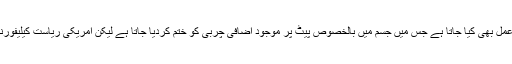
آج کل موٹاپے سے جان چھڑانے کے لیے ( لائیپوسیکشن) کا عمل بھی کیا جاتا ہے جس میں جسم میں بالخصوص پیٹ پر موجود اضافی چربی کو ختم کردیا جاتا ہے لیکن امریکی ریاست کیلیفورنیا میں خاتون لائیپوسیکشن کے دوران جان سے ہاتھ دھو بیٹھی۔